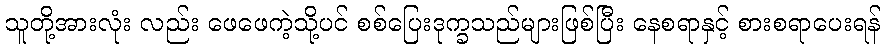
သူတို့အားလုံး လည်း ဖေဖေကဲ့သို့ပင် စစ်ပြေးဒုက္ခသည်များဖြစ်ပြီး နေစရာနှင့် စားစရာပေးရန်